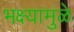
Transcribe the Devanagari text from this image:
भक्ष्यामुळे